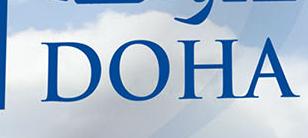
doha